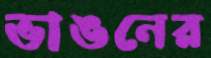
ভাঙনের